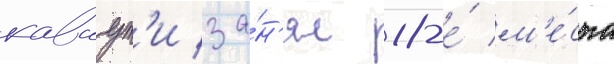
каваут'и за́н'ял 18-е́ м'е́сто